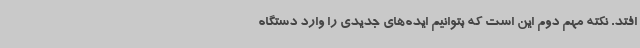
‌افتد. نکته مهم دوم این است که بتوانیم ایده‌های جدیدی را وارد دستگاه